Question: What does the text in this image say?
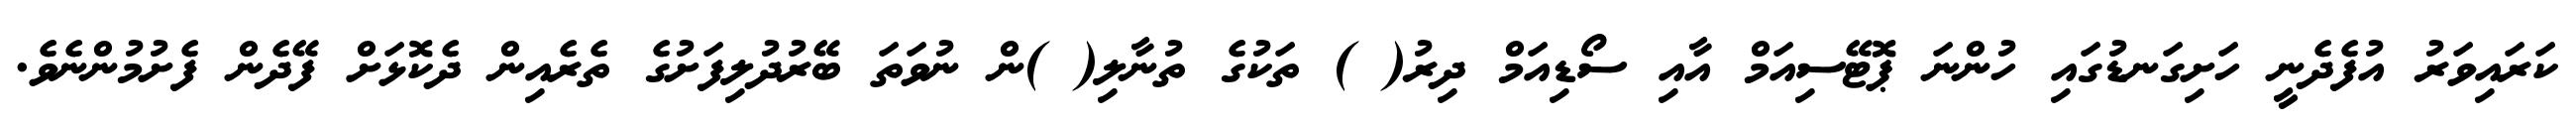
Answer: ކަރައިވަރު އުފެދެނީ ހަށިގަނޑުގައި ހުންނަ ޕޮޓޭސިއަމް އާއި ސޯޑިއަމް ދިރު( ) ތަކުގެ ތުނާލި( )ން ނުވަތަ ބޭރުދުލިފަށުގެ ތެރެއިން ދެކޮޅަށް ފޭދެން ފެށުމުންނެވެ.